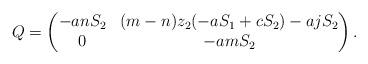
LaTeX: \begin{align*}Q=\begin{pmatrix}-anS_2&(m-n)z_2(-aS_1+cS_2)-ajS_2\cr0&-amS_2\end{pmatrix}.\end{align*}